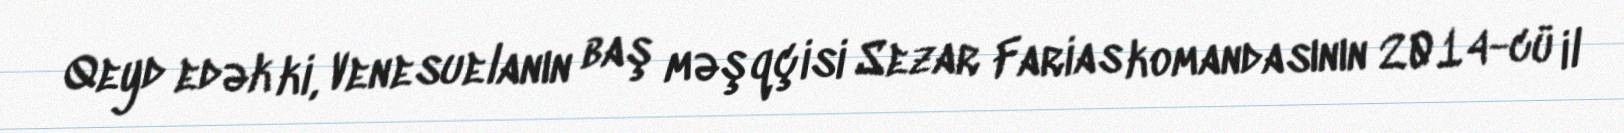
Qeyd edək ki, Venesuelanın baş məşqçisi Sezar Farias komandasının 2014-cü il